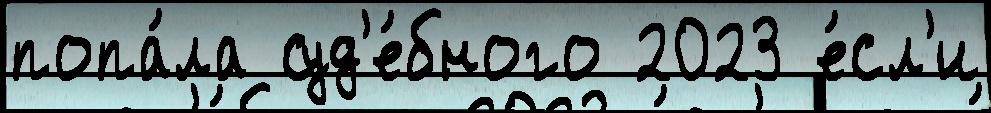
попа́ла суд'е́бного 2023 е́сл'и